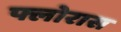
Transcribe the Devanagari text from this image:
फ्लोरास